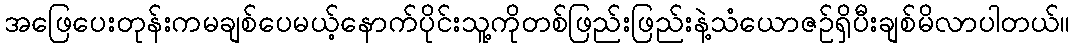
အဖြေပေးတုန်းကမချစ်ပေမယ့်နောက်ပိုင်းသူ့ကိုတစ်ဖြည်းဖြည်းနဲ့သံယောဇဥ်ရှိပီးချစ်မိလာပါတယ်။